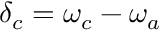
\delta _ { c } = \omega _ { c } - \omega _ { a }